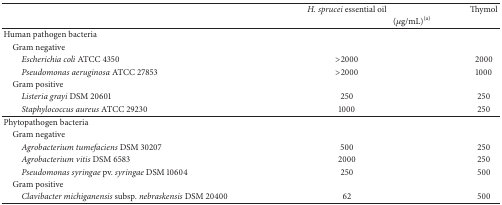
|  | H. sprucei essential oil | Thymol |
 |  | <COLSPAN=2> (μg/mL)(a) |
 | --- | --- | --- |
 | Human pathogen bacteria |  |  |
 | Gram negative |  |  |
 | Escherichia coli ATCC 4350 | >2000 | 2000 |
 | Pseudomonas aeruginosa ATCC 27853 | >2000 | 1000 |
 | Gram positive |  |  |
 | Listeria grayi DSM 20601 | 250 | 250 |
 | Staphylococcus aureus ATCC 29230 | 1000 | 250 |
 | Phytopathogen bacteria |  |  |
 | Gram negative |  |  |
 | Agrobacterium tumefaciens DSM 30207 | 500 | 250 |
 | Agrobacterium vitis DSM 6583 | 2000 | 250 |
 | Pseudomonas syringae pv. syringae DSM 10604 | 250 | 500 |
 | Gram positive |  |  |
 | Clavibacter michiganensis subsp. nebraskensis DSM 20400 | 62 | 500 |